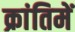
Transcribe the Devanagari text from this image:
क्रांतिमें